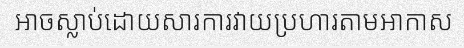
អាចស្លាប់ដោយសារការវាយប្រហារតាមអាកាស